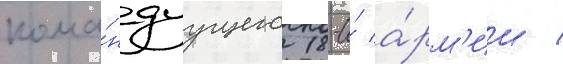
кома́ндуущего 18-и́ а́рм'ии /